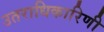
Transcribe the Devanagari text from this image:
उतराधिकारिणी